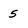
Character: 5